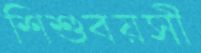
শিশুবয়সী